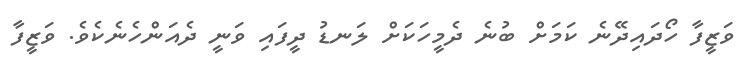
ވަޒީފާ ހޯދައިދޭނެ ކަމަށް ބުނެ ދެމީހަކަށް ލަނޑު ދީފައި ވަނީ ދެއަންހެނެކެވެ. ވަޒީފާ